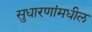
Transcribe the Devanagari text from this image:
सुधारणांमधील